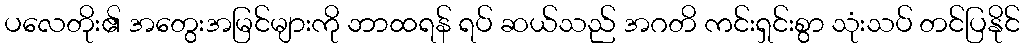
ပလေတိုး၏ အတွေးအမြင်များကို ဘာထရန် ရပ် ဆယ်သည် အဂတိ ကင်းရှင်းစွာ သုံးသပ် တင်ပြနိုင်